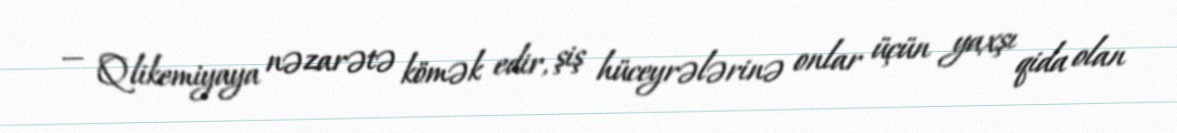
— Qlikemiyaya nəzarətə kömək edir, şiş hüceyrələrinə onlar üçün yaxşı qida olan